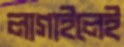
লাগাইলেই